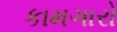
કામગારો